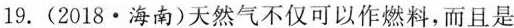
19. (2018·海南)天然气不仅可以作燃料，而且是